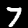
Digit: 7